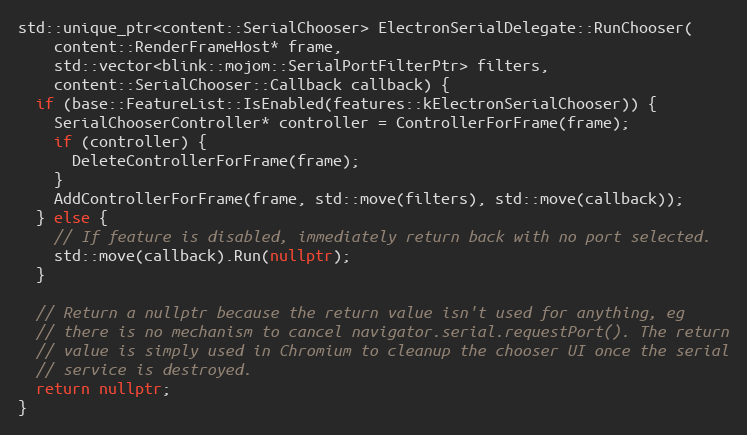
Language: C++
std::unique_ptr<content::SerialChooser> ElectronSerialDelegate::RunChooser(
    content::RenderFrameHost* frame,
    std::vector<blink::mojom::SerialPortFilterPtr> filters,
    content::SerialChooser::Callback callback) {
  if (base::FeatureList::IsEnabled(features::kElectronSerialChooser)) {
    SerialChooserController* controller = ControllerForFrame(frame);
    if (controller) {
      DeleteControllerForFrame(frame);
    }
    AddControllerForFrame(frame, std::move(filters), std::move(callback));
  } else {
    // If feature is disabled, immediately return back with no port selected.
    std::move(callback).Run(nullptr);
  }

  // Return a nullptr because the return value isn't used for anything, eg
  // there is no mechanism to cancel navigator.serial.requestPort(). The return
  // value is simply used in Chromium to cleanup the chooser UI once the serial
  // service is destroyed.
  return nullptr;
}